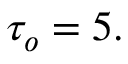
\tau _ { o } = 5 .